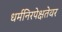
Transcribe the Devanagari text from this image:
धर्मनिरपेक्षतेवर